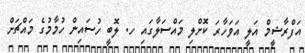
އަފްރާޝީމް އަލީ އަވަހާރަ ކޮށްލި މައްސަލާގައި ހ. ލޮބީ ހުސައިން ހުމާމުގެ މައްޗަށް